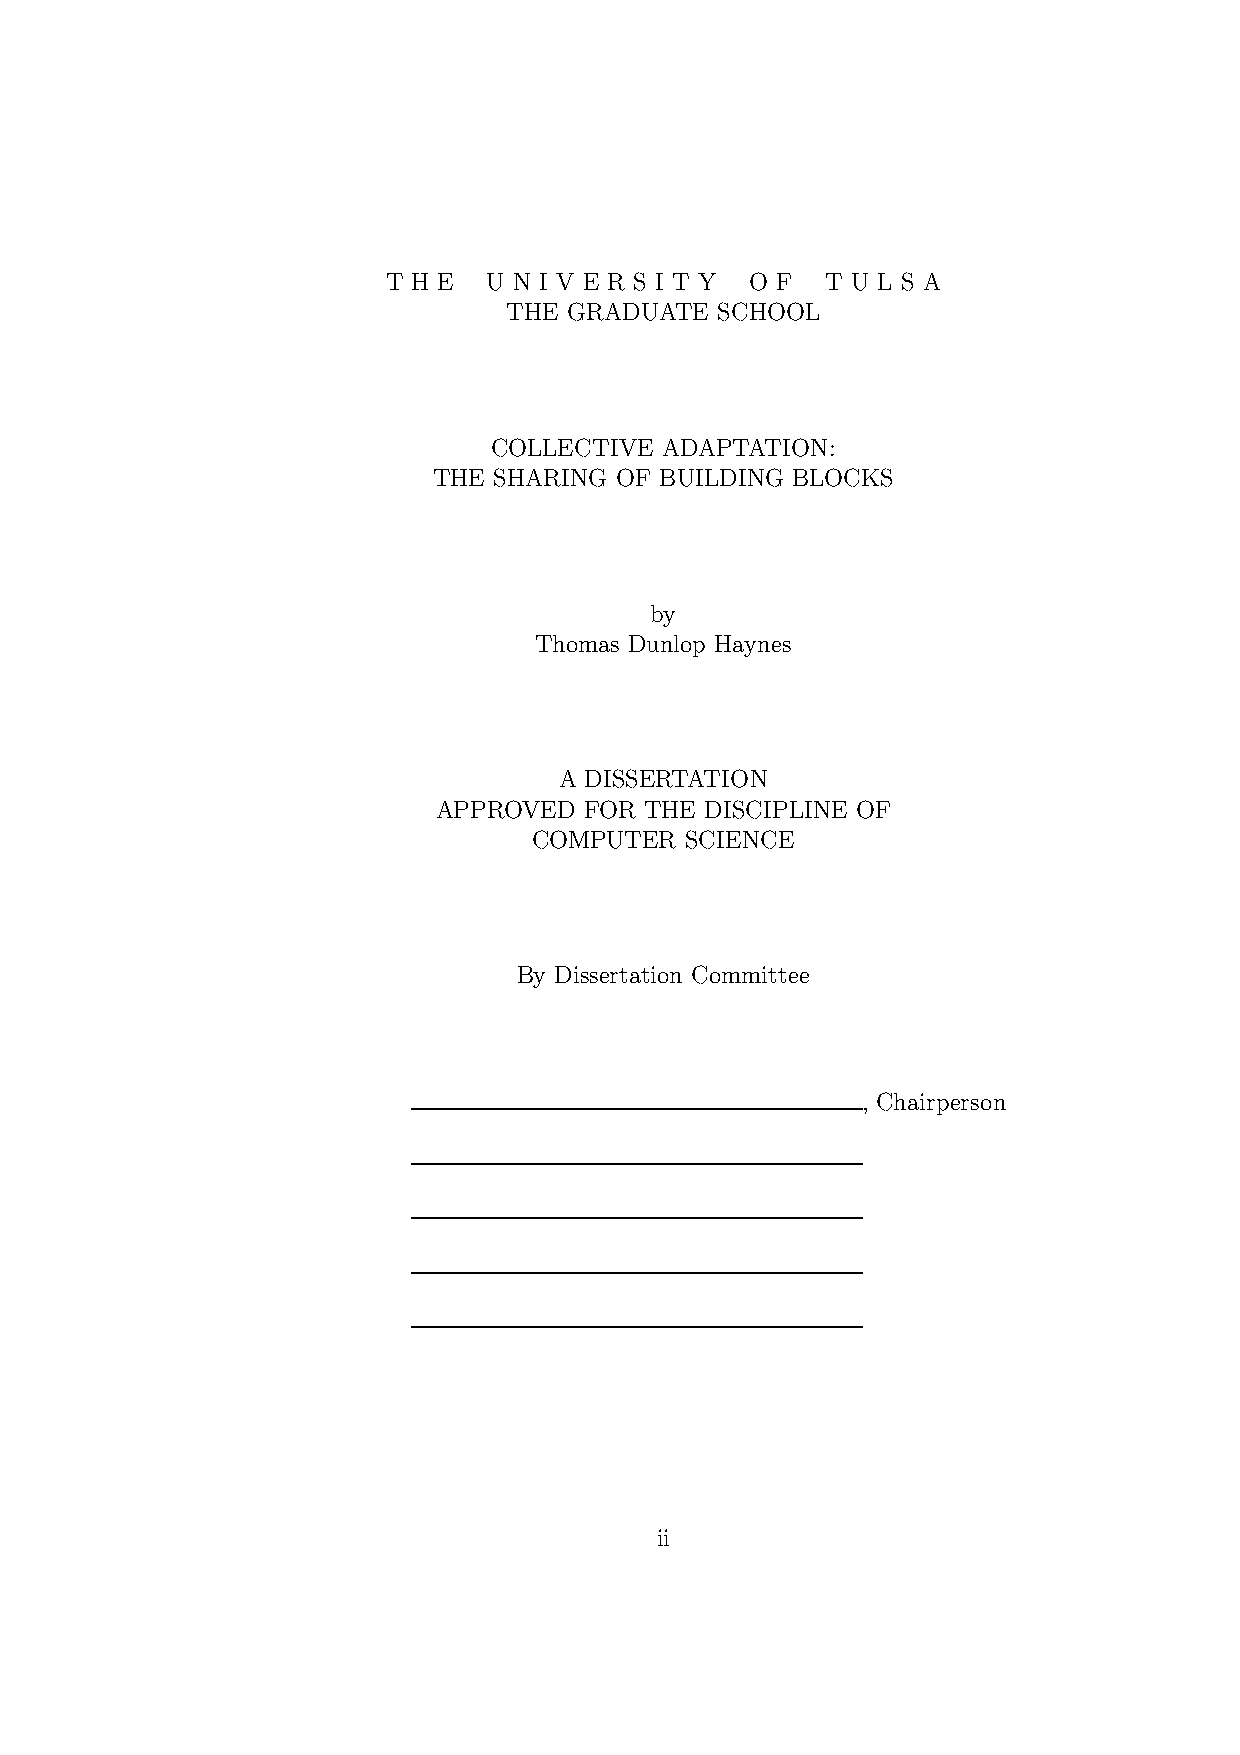
T H E U N I V E R S I T Y O F T U L S A
 THE GRADUATE  SCHOOL
 COLLECTIVE ADAPTATION:
 THE SHARING OF BUILDING BLOCKS
 by
 Thomas Dunlop Haynes
 A DISSERTATION
 APPROVED  FOR THE DISCIPLINE OF
 COMPUTER  SCIENCE
 By Dissertation Committee
 , Chairperson
 ii